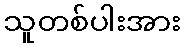
သူတစ်ပါးအား